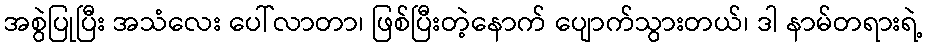
အစွဲပြုပြီး အသံလေး ပေါ်လာတာ၊ ဖြစ်ပြီးတဲ့နောက် ပျောက်သွားတယ်၊ ဒါ နာမ်တရားရဲ့